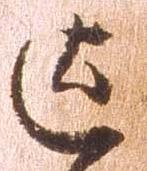
迄